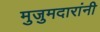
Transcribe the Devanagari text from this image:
मुजुमदारांनी